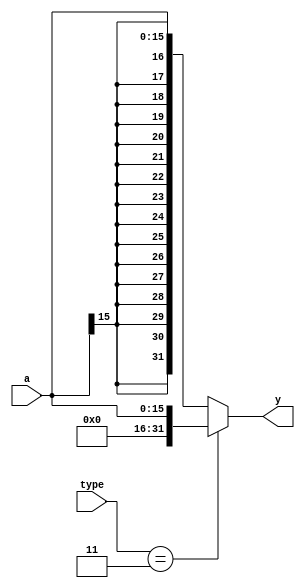
`timescale 1ns / 1ps
//////////////////////////////////////////////////////////////////////////////////
// Company: 
// Engineer: 
// 
// Design Name: 
// Module Name: signext
// Project Name: 
// Target Devices: 
// Tool Versions: 
// Description: 
// 
// Dependencies: 
// 
// Revision:
// Revision 0.01 - File Created
// Additional Comments:
// 
//////////////////////////////////////////////////////////////////////////////////


module signext(
	input wire [15:0] a,
	input wire [1:0] type,
	output wire [31:0] y
	);
    
    assign y = (type == 2'b11) ? {{16{1'b0}},a}: {{16{a[15]}},a};
endmodule